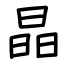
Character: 晶